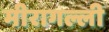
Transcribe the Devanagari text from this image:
मीरागल्ली